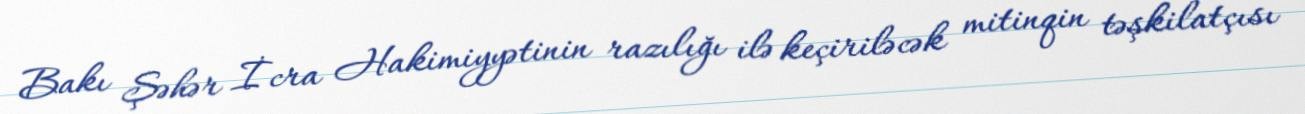
Bakı Şəhər İcra Hakimiyyətinin razılığı ilə keçiriləcək mitinqin təşkilatçısı